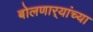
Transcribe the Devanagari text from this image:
बोलणार्‍यांच्या